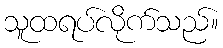
သူထရပ်လိုက်သည်။